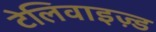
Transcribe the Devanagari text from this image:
टेलिवाइज़्ड